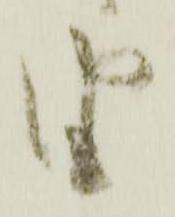
由